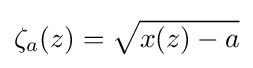
\zeta _{a}(z)={\sqrt {x(z)-a}}